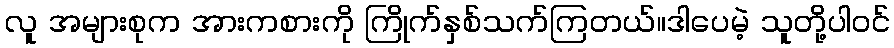
လူ အများစုက အားကစားကို ကြိုက်နှစ်သက်ကြတယ်။ဒါပေမဲ့ သူတို့ပါဝင်